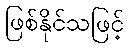
ဖြစ်နိုင်သဖြင့်